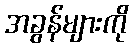
အခွန်များကို